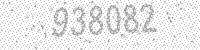
Solution: 938082